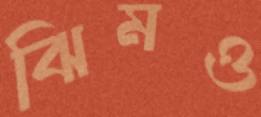
ঝিমও